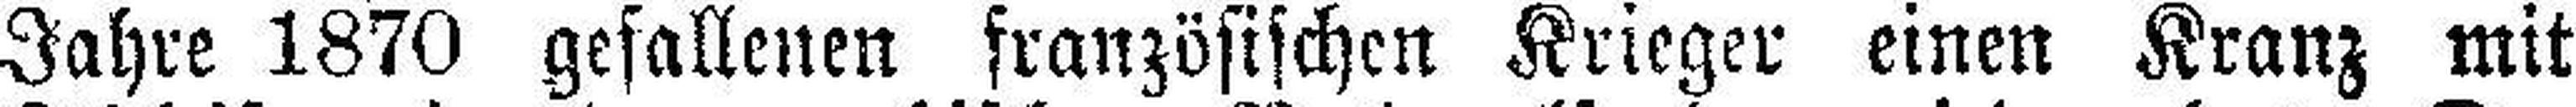
Jahre 1870 gefallenen französischen Krieger einen Kranz mit